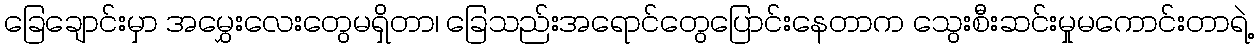
ခြေချောင်းမှာ အမွှေးလေးတွေမရှိတာ၊ ခြေသည်းအရောင်တွေပြောင်းနေတာက သွေးစီးဆင်းမှုမကောင်းတာရဲ့